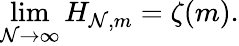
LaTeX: \operatorname*{lim}_{\mathcal{N}\rightarrow\infty}H_{\mathcal{N},m}=\zeta(m).